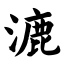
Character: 漉